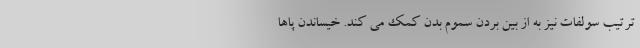
ترتیب سولفات نیز به از بین بردن سموم بدن کمک می کند. خیساندن پاها